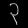
Digit: ၃